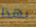
بهذا